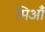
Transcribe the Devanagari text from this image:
मिआँ